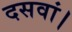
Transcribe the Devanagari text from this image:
दसवां।